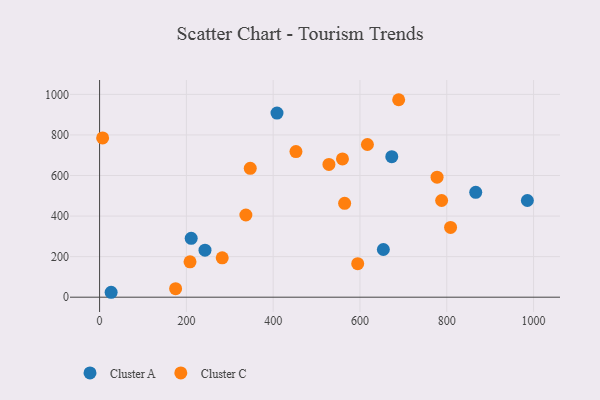
{"axis": {"x": "Investment", "y": "Rating"}, "legend": ["Cluster A", "Cluster C"], "data": [{"x": "211.1", "y": 290.5, "type": "Cluster A"}, {"x": "985.8", "y": 476.9, "type": "Cluster A"}, {"x": "26.6", "y": 24.3, "type": "Cluster A"}, {"x": "673.3", "y": 692.7, "type": "Cluster A"}, {"x": "408.8", "y": 907.7, "type": "Cluster A"}, {"x": "653.9", "y": 235.1, "type": "Cluster A"}, {"x": "866.8", "y": 517.0, "type": "Cluster A"}, {"x": "242.9", "y": 232.1, "type": "Cluster A"}, {"x": "175.2", "y": 42.2, "type": "Cluster C"}, {"x": "777.7", "y": 591.6, "type": "Cluster C"}, {"x": "282.6", "y": 194.2, "type": "Cluster C"}, {"x": "337.1", "y": 405.2, "type": "Cluster C"}, {"x": "617.2", "y": 753.0, "type": "Cluster C"}, {"x": "788.2", "y": 476.8, "type": "Cluster C"}, {"x": "559.7", "y": 682.0, "type": "Cluster C"}, {"x": "528.5", "y": 654.6, "type": "Cluster C"}, {"x": "208.4", "y": 174.6, "type": "Cluster C"}, {"x": "7.0", "y": 785.2, "type": "Cluster C"}, {"x": "594.8", "y": 165.2, "type": "Cluster C"}, {"x": "347.2", "y": 635.7, "type": "Cluster C"}, {"x": "808.8", "y": 344.1, "type": "Cluster C"}, {"x": "452.5", "y": 717.9, "type": "Cluster C"}, {"x": "689.2", "y": 973.7, "type": "Cluster C"}, {"x": "564.7", "y": 463.1, "type": "Cluster C"}]}